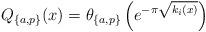
LaTeX: \begin{align*}Q_{\{a,p\}}(x)=\theta_{\{a,p\}}\left(e^{-\pi\sqrt{k_i(x)}}\right)\end{align*}